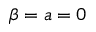
\beta = a = 0